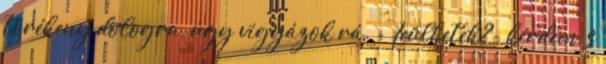
törékeny dologra, úgy vigyázok rá. - Leülhetek?- kérdem, s